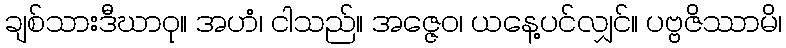
ချစ်သားဒီဃာဝု။ အဟံ၊ ငါသည်။ အဇ္ဇေဝ၊ ယနေ့ပင်လျှင်။ ပဗ္ဗဇိဿာမိ၊